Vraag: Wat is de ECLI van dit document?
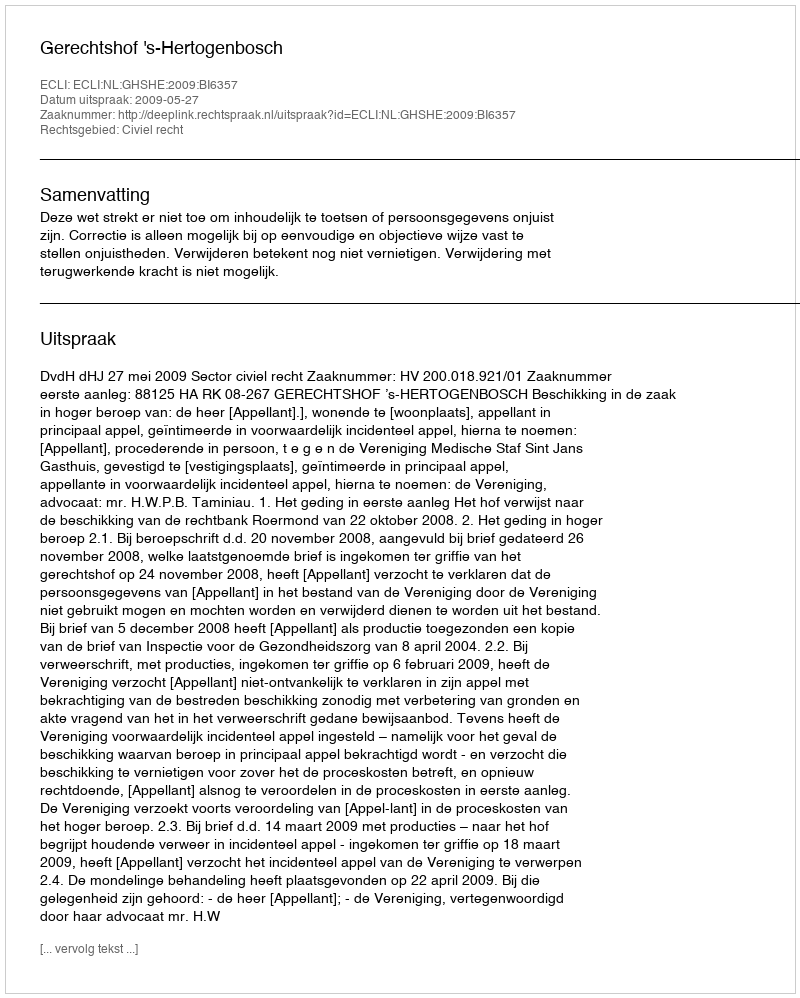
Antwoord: ECLI:NL:GHSHE:2009:BI6357